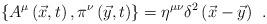
LaTeX: \begin{align*}\left\{ A^\mu \left( \vec x,t\right) ,\pi ^\nu \left( \vec y,t\right)\right\} =\eta ^{\mu \nu }\delta ^2\left( \vec x-\vec y\right) \;\,.\end{align*}